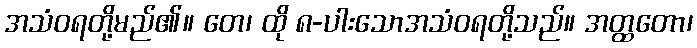
အသံဝရတို့မည်၏။ တေ၊ ထို ၈-ပါးသောအသံဝရတို့သည်။ အတ္ထတော၊